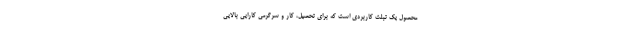
محصول یک تبلت کاربردی است که برای تحصیل، کار و سرگرمی کارایی بالایی